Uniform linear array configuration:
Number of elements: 16
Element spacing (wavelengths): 0.25
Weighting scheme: hann
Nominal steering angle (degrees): -15
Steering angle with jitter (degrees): -13.48
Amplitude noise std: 0.05
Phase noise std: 0.05

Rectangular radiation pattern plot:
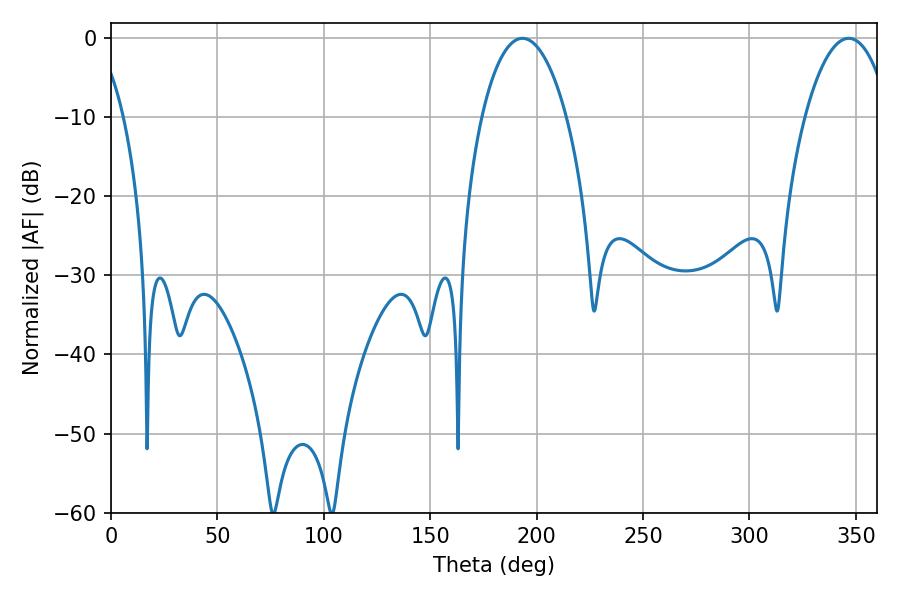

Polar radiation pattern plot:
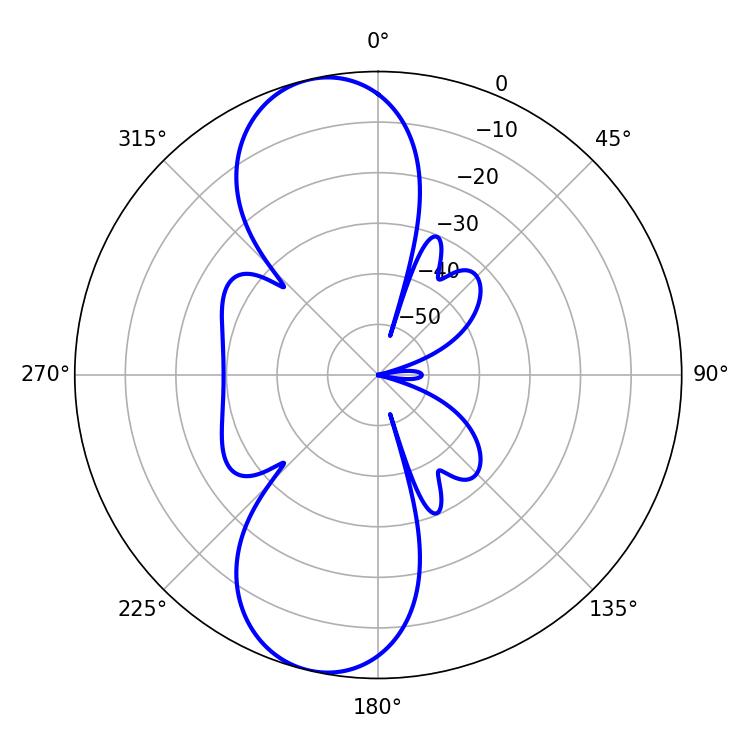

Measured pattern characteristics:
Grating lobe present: FALSE
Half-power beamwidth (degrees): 22.32
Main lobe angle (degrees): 193.32